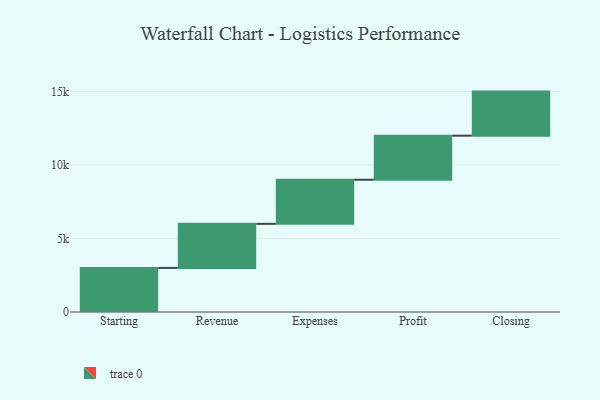
{"axis": {"x": "Step", "y": "Value"}, "legend": [""], "data": [{"x": "Starting", "y": 3000, "type": ""}, {"x": "Revenue", "y": 3000, "type": ""}, {"x": "Expenses", "y": 3000, "type": ""}, {"x": "Profit", "y": 3000, "type": ""}, {"x": "Closing", "y": 3000, "type": ""}]}